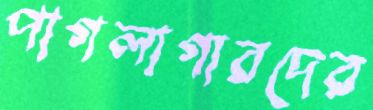
পাগলাগারদের